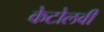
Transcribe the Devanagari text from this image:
केटोलवी